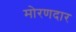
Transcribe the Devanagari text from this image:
मोरणदार